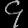
Digit: ၄